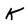
Character: K